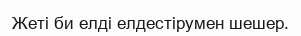
Жеті би елді елдестірумен шешер.